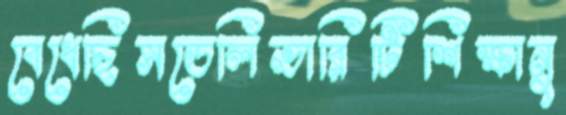
বেধেছিসডেলিভারিটিশিক্ষানু